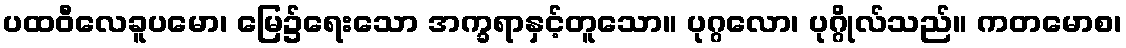
ပထဝီလေခူပမော၊ မြေ၌ရေးသော အက္ခရာနှင့်တူသော။ ပုဂ္ဂလော၊ ပုဂ္ဂိုလ်သည်။ ကတမောစ၊